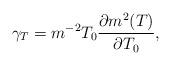
LaTeX: \begin{align*}\gamma_{T}=m^{-2}T_{0}\frac{\partial m^{2}(T)}{\partial T_{0}},\end{align*}